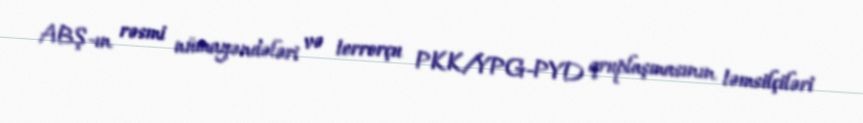
ABŞ-ın rəsmi nümayəndələri və terrorçu PKK/YPG-PYD qruplaşmasının təmsilçiləri